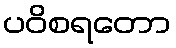
ပဝိစရတော